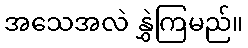
အသေအလဲ နွှဲကြမည်။